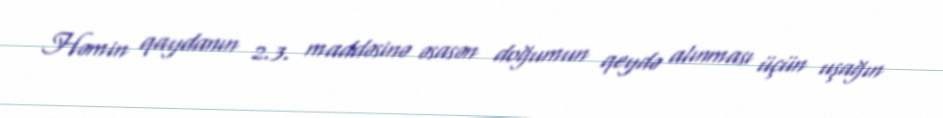
Həmin qaydanın 2.3. maddəsinə əsasən doğumun qeydə alınması üçün uşağın